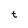
Character: t